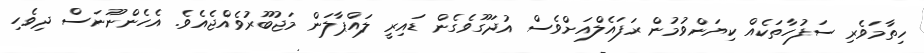
ހިތާމަވެރި ސަފުހާތަކެއް ކިޔަންވުމުން ރަފައެލްއަށްވެސް އުދަގޫވެގެން ޑައިރީ ލައްޕާލަން މަޖުބޫރުވެއްޖެއެވެ. އެހެންނޫނަސް ދިވެހި